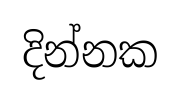
දින්නක